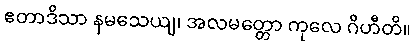
ဧတာဒိသာ နမသေယျ၊ အလမတ္တော ကုလေ ဂိဟီတိ။